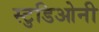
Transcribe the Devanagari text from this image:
स्टुडिओनी